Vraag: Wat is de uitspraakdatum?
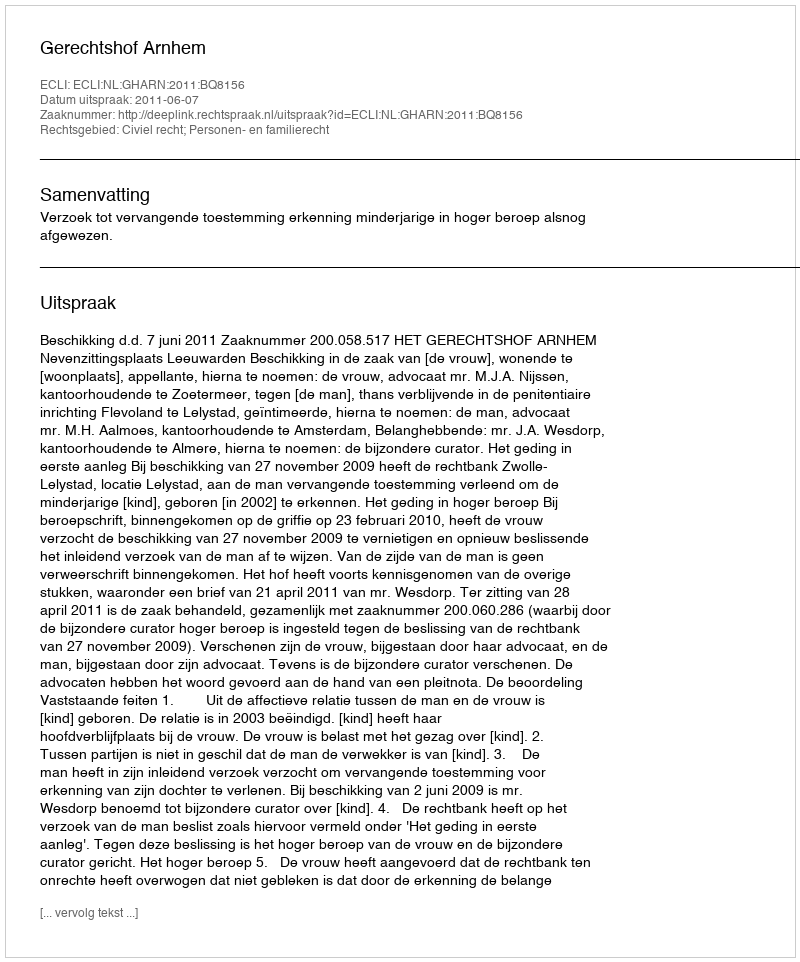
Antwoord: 2011-06-07